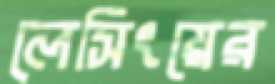
লেসিংয়ের